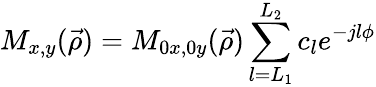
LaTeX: M_{x,y}(\vec{\rho})=M_{0x,0y}(\vec{\rho})\sum_{l=L_{1}}^{L_{2}}c_{l}e^{-jl\phi}